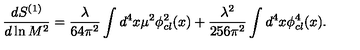
{ \frac { d S ^ { ( 1 ) } } { d \ln M ^ { 2 } } } = { \frac { \lambda } { 6 4 \pi ^ { 2 } } } \int d ^ { 4 } x \mu ^ { 2 } \phi _ { c l } ^ { 2 } ( x ) + { \frac { \lambda ^ { 2 } } { 2 5 6 \pi ^ { 2 } } } \int d ^ { 4 } x \phi _ { c l } ^ { 4 } ( x ) .